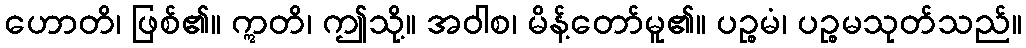
ဟောတိ၊ ဖြစ်၏။ ဣတိ၊ ဤသို့။ အဝါစ၊ မိန့်တော်မူ၏။ ပဉ္စမံ၊ ပဉ္စမသုတ်သည်။